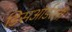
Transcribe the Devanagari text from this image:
डिसऑर्डरली